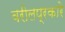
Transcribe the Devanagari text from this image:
वरीलप्रकारे